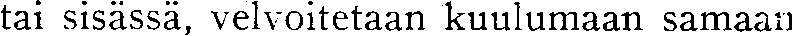
tai sisässä, velvoitetaan kuulumaan samaan